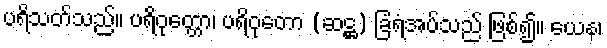
ပရိသတ်သည်။ ပရိဝုတ္တော၊ ပရိဝုတော (ဆဋ္ဌ) ခြံရံအပ်သည် ဖြစ်၍။ ယေန၊